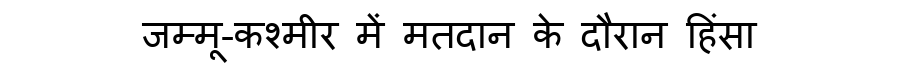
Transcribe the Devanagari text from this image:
जम्मू-कश्मीर में मतदान के दौरान हिंसा